Scottish Leaving Certificate Examination, 1961
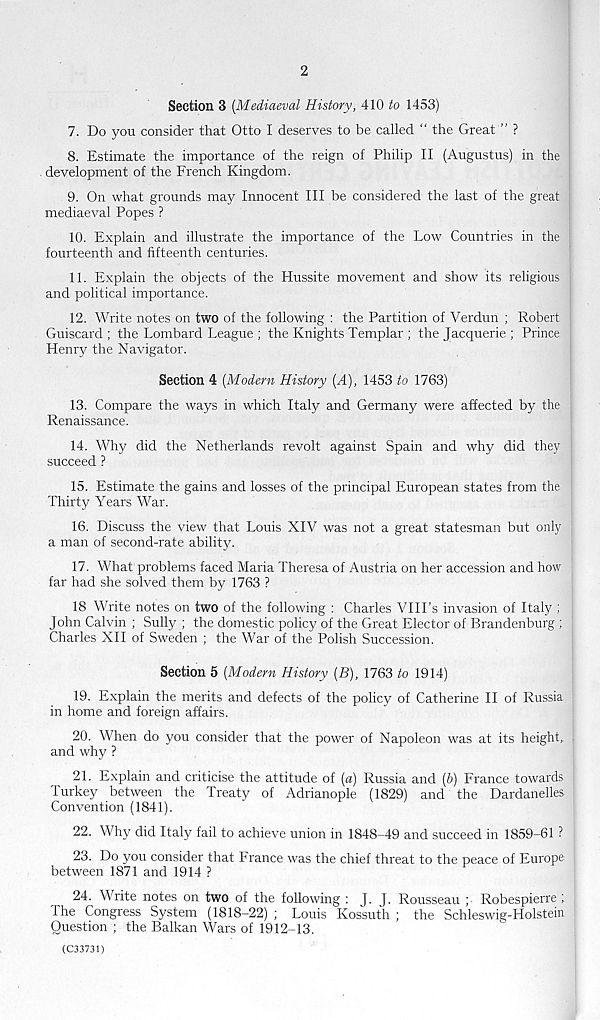
2
Section 3 [Mediaeval History, 410 to 1453)
7. Do you consider that Otto I deserves to be called “ the Great ” ?
8. Estimate the importance of the reign of Philip II (Augustus) in the
development of the French Kingdom.
9. On what grounds may Innocent III be considered the last of the great
mediaeval Popes ?
10. Explain and illustrate the importance of the Low Countries in the
fourteenth and fifteenth centuries.
11. Explain the objects of the Hussite movement and show its religious
and political importance.
12. Write notes on two of the following : the Partition of Verdun ; Robert
Guiscard ; the Lombard League ; the Knights Templar ; the Jacquerie ; Prince
Henry the Navigator.
Section 4 [Modern History [A), 1453 to 1763)
13. Compare the ways in which Italy and Germany were affected by the
Renaissance.
14. Why did the Netherlands revolt against Spain and why did they
succeed ?
15. Estimate the gains and losses of the principal European states from the
Thirty Years War.
16. Discuss the view that Louis XIV was not a great statesman but only
a man of second-rate ability.
17. What problems faced Maria Theresa of Austria on her accession and how
far had she solved them by 1763 ?
18 Write notes on two of the following : Charles VIILs invasion of Italy ;
John Calvin ; Sully ; the domestic policy of the Great Elector of Brandenburg ;
Charles XII of Sweden ; the War of the Polish Succession.
Section 5 [Modern History [B), 1763 to 1914)
19. Explain the merits and defects of the policy of Catherine II of Russia
in home and foreign affairs.
20. When do you consider that the power of Napoleon was at its height,
and why ?
21. Explain and criticise the attitude of [a) Russia and [b) France towards
Turkey between the Treaty of Adrianople (1829) and the Dardanelles
Convention (1841).
22. Why did Italy fail to achieve union in 1848-49 and succeed in 1859-61 ?
23. Do you consider that France was the chief threat to the peace of Europe
between 1871 and 1914 ?
24. Write notes on two of the following : J. J. Rousseau ;■ Robespierre ;
The Congress System (1818-22) ; Louis Kossuth ; the Schleswig-Holstein
Question ; the Balkan Wars of 1912-13.
(C33731)